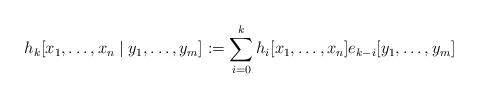
LaTeX: \begin{align*} h_k[x_1, \ldots, x_n \mid y_1, \ldots, y_m] := \sum_{i=0}^k h_i[x_1, \ldots, x_n] e_{k-i}[y_1, \ldots, y_m] \end{align*}